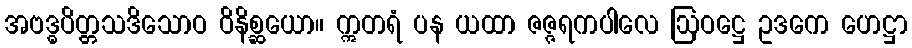
အဗဒ္ဓပိတ္တသဒိသောဝ ဝိနိစ္ဆယော။ ဣတရံ ပန ယထာ ဇဇ္ဇရကပါလေ ဩဝဋ္ဌေ ဥဒကေ ဟေဋ္ဌာ